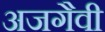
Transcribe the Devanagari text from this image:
अजगैवी